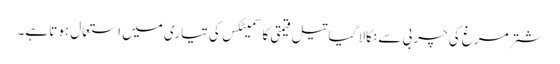
شتر مرغ کی چربی سے نکالا گیا تیل قیمتی کاسمیٹکس کی تیاری میں استعمال ہوتا ہے۔